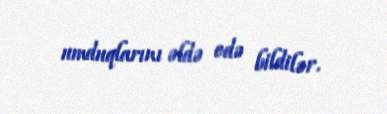
umduqlarını əldə edə bildilər.